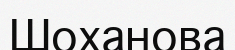
Шоханова